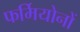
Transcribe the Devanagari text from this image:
फर्मियोनों